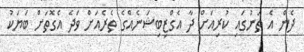
ދެން އެ ތަނުގައި ކުރިއަށް ދާ އެގްޒިބިޝަނެއްގެ ތެރެއަށް ވަދެ އެގޮތަށް ބަޔަކު